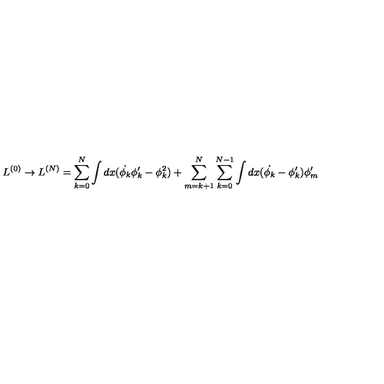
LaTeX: L ^ { ( 0 ) } \rightarrow L ^ { ( N ) } = \sum _ { k = 0 } ^ { N } \int d x ( \dot { \phi _ { k } } \phi _ { k } ^ { \prime } - \phi _ { k } ^ { 2 } ) + \sum _ { m = k + 1 } ^ { N } \sum _ { k = 0 } ^ { N - 1 } \int d x ( \dot { \phi _ { k } } - \phi _ { k } ^ { \prime } ) \phi _ { m } ^ { \prime }